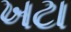
ખટા